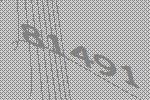
81491